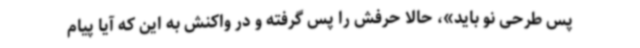
پس طرحی نو باید»، حالا حرفش را پس گرفته و در واکنش به این که آیا پیام